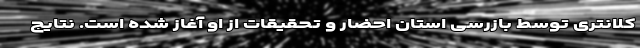
کلانتری توسط بازرسی استان احضار و تحقیقات از او آغاز شده است. نتایج